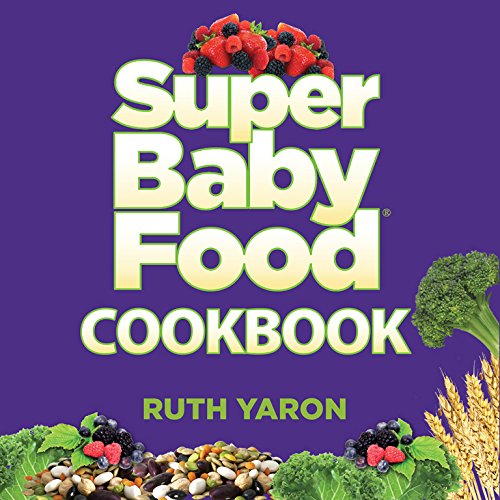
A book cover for Super Baby Food Cookbook; Ruth Yaron; Cookbooks, Food & Wine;